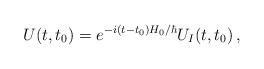
LaTeX: \begin{align*}U(t,t_0)=e^{-i(t-t_0) H_0 /\hbar} U_I(t,t_0)\,,\end{align*}